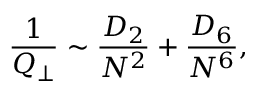
\frac { 1 } { Q _ { \perp } } \sim \frac { D _ { 2 } } { N ^ { 2 } } + \frac { D _ { 6 } } { N ^ { 6 } } ,